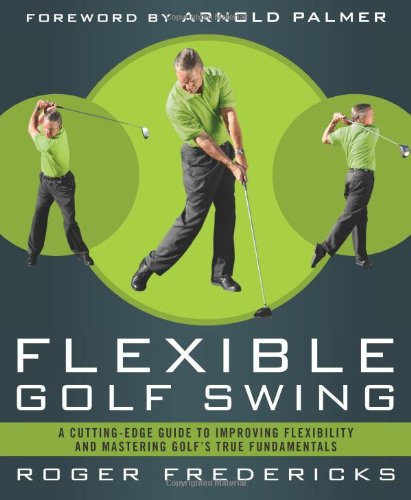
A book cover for The Flexible Golf Swing: A Cutting-Edge Guide to Improving Flexibility and Mastering Golf's True Fundamentals; Roger Fredericks; Sports & Outdoors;